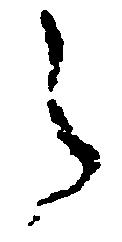
之